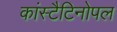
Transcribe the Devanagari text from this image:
कांस्टैटिनोपल